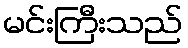
မင်းကြီးသည်